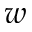
w